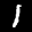
Label: 1